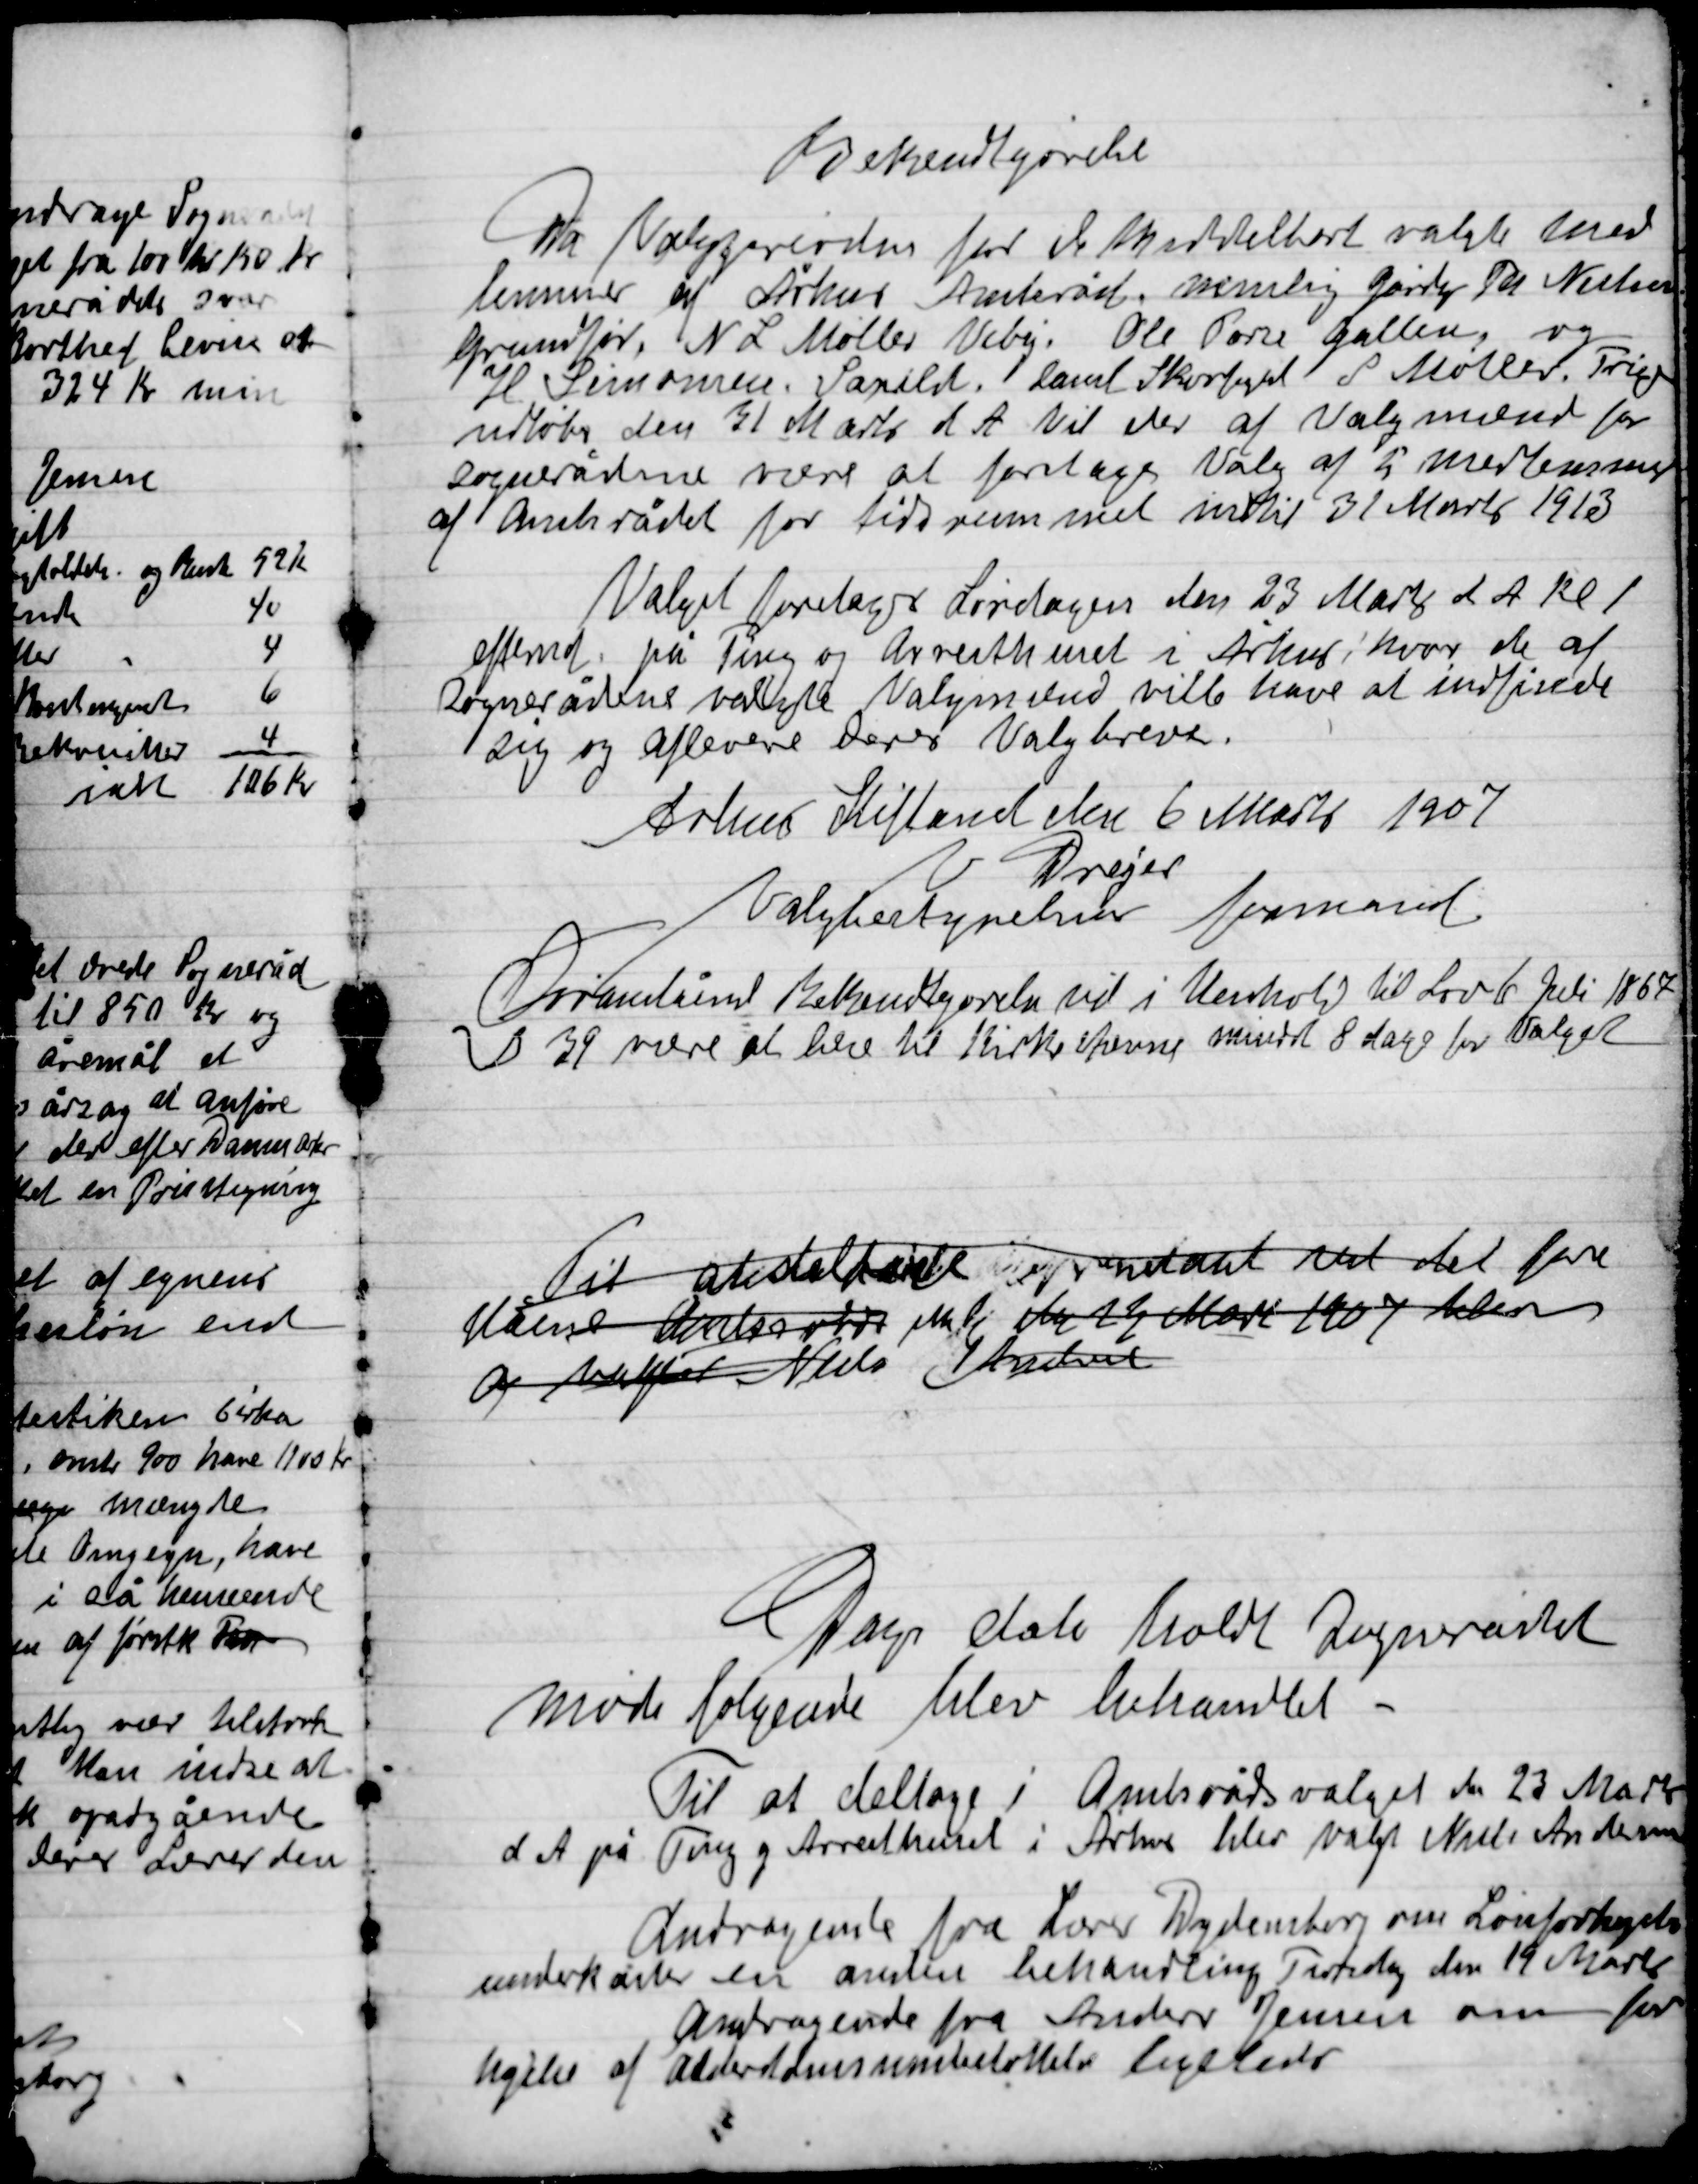
Transskription:
Bekendtgørelse
Da Valgperioden for de umiddelbart valgte med-
lemmerne af Århus Amtsråd, nemlig Gårdejer Th. Nielsen
Grundfør, N. L. Møller Viby, Ole Porre Galten og
H. Simonsen. Saksild. Samt Skovfoged S. Møller. Trige
udløber den 31 Marts d. A. vil der af Valgnævnet for
Sognerådene være at foretage Valg af 5 medlemmer
af Amtsrådet for tidsrummet indtil 31 Marts 1913

Valget foretages Lørdagen den 23 Marts d. A. Kl. 1.
Eftermd. på Ting og Arresthuset i Århus hvor de af
Sognerådene valgte Valgmedlemmer ville have at indfinde
sig og aflevere Deres Valgbreve.
Århus Stiftsamt den 6 Marts 1907
V. Dreyer
Valgbestyrelses formand

Overstående Bekendtgørelse vil i Henhold til Lov 1. Juli 1867
§ 39 være at blive til Kirkeeftersyn mindst 8 dage før Valget

Til skole
 den 23 Marts 1907 blev
 Niels Andersen

Dags dato holdt Sognerådet
møde følgende blev behandlet
 Til at deltage i Amtsrådsvalget den 23 Marts
d. A. på Ting og Arresthuset i Århus blev valgt Niels Andersen
Andragende fra Lærer Dydensborg om Lønforhøjelse
anderkendtes en anden behandling Tirsdag den 19 Marts
Andragende fra Anders Jensen om for-
højelse af Alderdomsunderstøttelse ligeledes